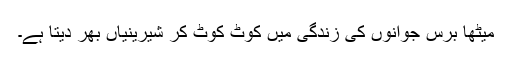
میٹھا برس جوانوں کی زندگی میں کوٹ کوٹ کر شیرینیاں بھر دیتا ہے۔